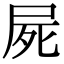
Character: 屍